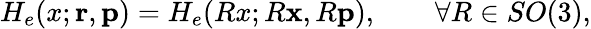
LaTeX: H_{e}(x;{\mathbf{r}},{\mathbf{p}})=H_{e}(Rx;R{\mathbf{x}},R{\mathbf{p}}),\qquad\forall R\in SO(3),